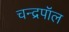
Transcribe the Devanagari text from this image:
चन्द्रपॉल